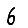
Digit: 6